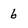
Character: 6